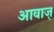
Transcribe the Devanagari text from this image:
आवाज़़